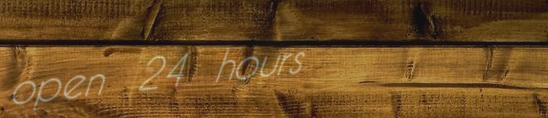
open 24 hours